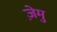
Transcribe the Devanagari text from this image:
ज़ेमु